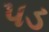
પડ